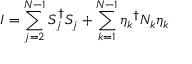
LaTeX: I = \sum _ { j = 2 } ^ { N - 1 } S _ { j } ^ { \dagger } S _ { j } + \sum _ { k = 1 } ^ { N - 1 } { \eta _ { k } } ^ { \dagger } N _ { k } \eta _ { k }